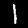
Label: 1